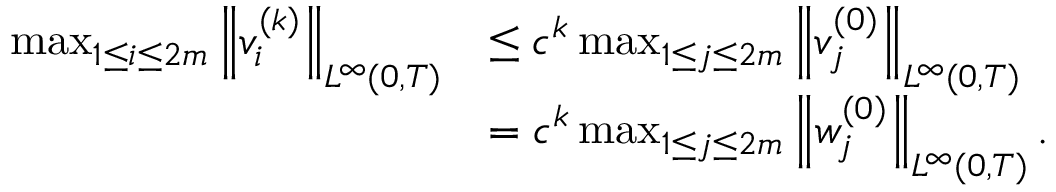
\begin{array} { r l } { \operatorname* { m a x } _ { 1 \leq i \leq 2 m } \left\| v _ { i } ^ { ( k ) } \right\| _ { L ^ { \infty } ( 0 , T ) } } & { \leq c ^ { k } \operatorname* { m a x } _ { 1 \leq j \leq 2 m } \left\| v _ { j } ^ { ( 0 ) } \right\| _ { L ^ { \infty } ( 0 , T ) } } \\ & { = c ^ { k } \operatorname* { m a x } _ { 1 \leq j \leq 2 m } \left\| w _ { j } ^ { ( 0 ) } \right\| _ { L ^ { \infty } ( 0 , T ) } . } \end{array}